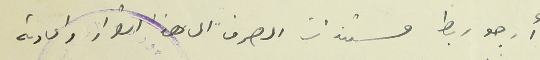
أرجو ربط مستندات الصرف الى هذا القرار واعادته